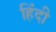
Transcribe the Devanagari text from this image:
हिंंदी